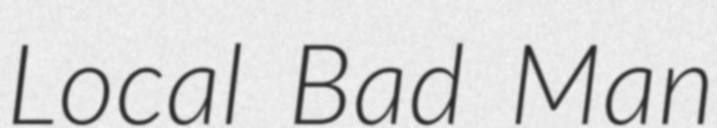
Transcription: Local Bad Man